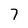
Character: 7